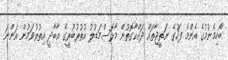
ބޯހިމެނުމުގެ އެންމެ ފަހުގެ ނަތީޖާތައް ދައްކާގޮތުން މާޅޮސްމަޑުލު އުތުރުބުރީގެ އާބާދީ އިތުރުވަމުން އަންނަ